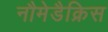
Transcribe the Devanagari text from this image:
नौमेडैक्रिस